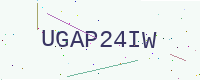
Text: UGAP24IW